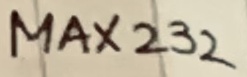
Text: MAX232